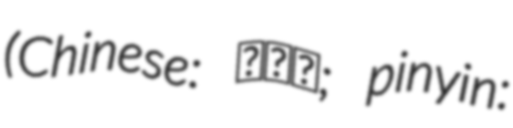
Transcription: (Chinese: 崔丽杰; pinyin: